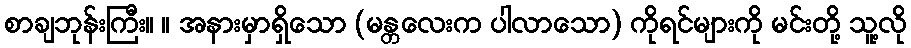
စာချဘုန်းကြီး။ ။ အနားမှာရှိသော (မန္တလေးက ပါလာသော) ကိုရင်များကို မင်းတို့ သူ့လို